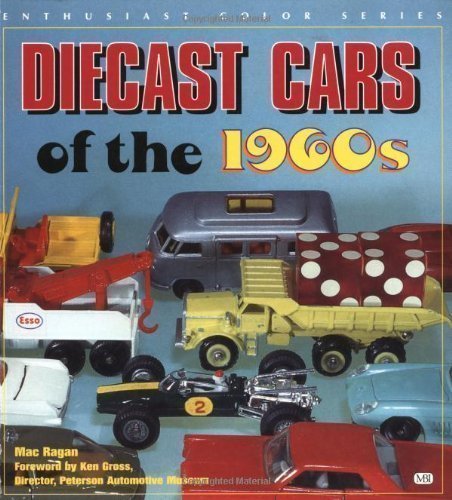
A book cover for Diecast Cars of the 1960s: Matchbox, Hot Wheels and Other Great Toy Cars of the Decade (Enthusiast Color) by Ragan, Mac published by Motorbooks International (2000); Crafts, Hobbies & Home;